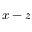
x - z